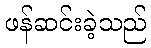
ဖန်ဆင်းခဲ့သည်